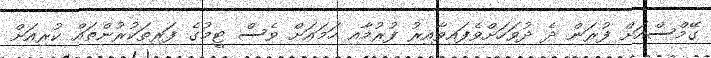
ގޭމްސްއަށް ފުރަން ދެ ދުވަހަށްވެފައިވާއިރު ފުރުމާއި ހަމައަށް ވެސް ޓީމުގެ ފަރިތަކުރުންތައް ކުރިއަށް